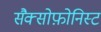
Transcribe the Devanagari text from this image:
सैक्सोफ़ोनिस्ट